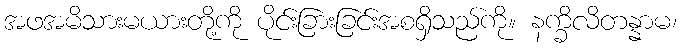
အဖအမိသားမယားတို့ကို ပိုင်းခြားခြင်းအစရှိသည်ကို။ နက္ခိလိတန္နာမ၊